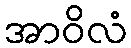
အာဝိလံ